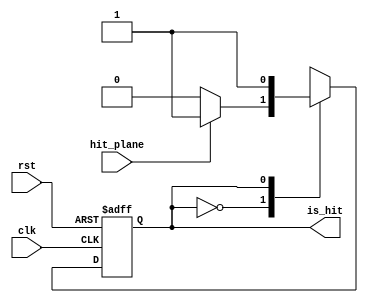
`timescale 1ns / 1ps
//////////////////////////////////////////////////////////////////////////////////
// Company: 
// Engineer: 
// 
// Design Name: 
// Module Name: permanent_en
// Project Name: 
// Target Devices: 
// Tool Versions: 
// Description: 
// 
// Dependencies: 
// 
// Revision:
// Revision 0.01 - File Created
// Additional Comments:
// 
//////////////////////////////////////////////////////////////////////////////////


module permanent_en(
	input clk,
	input rst,
	input hit_plane,
	output is_hit
	);

reg state;
reg next_state;

assign is_hit=state;

always@(posedge clk or posedge rst) begin
	if (rst) begin
		state <= 0;
	end
	else begin
		state <= next_state;
	end
end

always@(*) begin
	case(state)
	
	0:
	begin
		if (hit_plane) begin
			next_state <= 1;
		end
		else begin
			next_state <= 0;
		end
	end
	
	1:
	begin
		next_state <= 1;
	end
	
	default:
	begin
		next_state <= 0;
	end
	
	endcase
end
endmodule